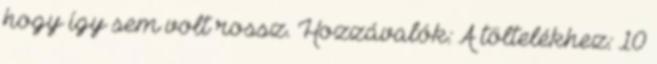
hogy így sem volt rossz. Hozzávalók: A töltelékhez: 10